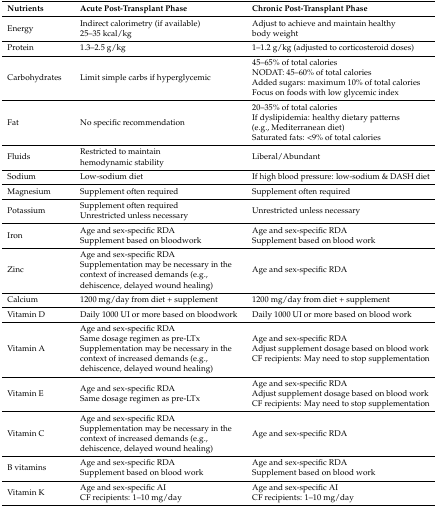
| Nutrients | Acute Post-Transplant Phase | Chronic Post-Transplant Phase |
 | --- | --- | --- |
 | Energy | Indirect calorimetry (if available)25–35 kcal/kg | Adjust to achieve and maintain healthy body weight |
 | Protein | 1.3–2.5 g/kg | 1–1.2 g/kg (adjusted to corticosteroid doses) |
 | Carbohydrates | Limit simple carbs if hyperglycemic | 45–65% of total caloriesNODAT: 45–60% of total calories Added sugars: maximum 10% of total caloriesFocus on foods with low glycemic index |
 | Fat | No specific recommendation | 20–35% of total caloriesIf dyslipidemia: healthy dietary patterns (e.g., Mediterranean diet)Saturated fats: <9% of total calories |
 | Fluids | Restricted to maintain hemodynamic stability | Liberal/Abundant |
 | Sodium | Low-sodium diet | If high blood pressure: low-sodium & DASH diet |
 | Magnesium | Supplement often required | Supplement often required |
 | Potassium | Supplement often requiredUnrestricted unless necessary | Unrestricted unless necessary |
 | Iron | Age and sex-specific RDASupplement based on bloodwork | Age and sex-specific RDASupplement based on blood work |
 | Zinc | Age and sex-specific RDASupplementation may be necessary in the context of increased demands (e.g., dehiscence, delayed wound healing) | Age and sex-specific RDA |
 | Calcium | 1200 mg/day from diet + supplement | 1200 mg/day from diet + supplement |
 | Vitamin D | Daily 1000 UI or more based on bloodwork | Daily 1000 UI or more based on blood work |
 | Vitamin A | Age and sex-specific RDASame dosage regimen as pre-LTxSupplementation may be necessary in the context of increased demands (e.g., dehiscence, delayed wound healing) | Age and sex-specific RDAAdjust supplement dosage based on blood workCF recipients: May need to stop supplementation |
 | Vitamin E | Age and sex-specific RDASame dosage regimen as pre-LTx | Age and sex-specific RDAAdjust supplement dosage based on blood workCF recipients: May need to stop supplementation |
 | Vitamin C | Age and sex-specific RDASupplementation may be necessary in the context of increased demands (e.g., dehiscence, delayed wound healing) | Age and sex-specific RDA |
 | B vitamins | Age and sex-specific RDASupplement based on blood work | Age and sex-specific RDASupplement based on blood work |
 | Vitamin K | Age and sex-specific AICF recipients: 1–10 mg/day | Age and sex-specific AICF recipients: 1–10 mg/day |